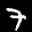
Label: 7